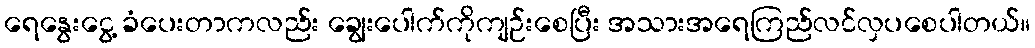
ရေနွေးငွေ့ ခံပေးတာကလည်း ချွေးပေါက်ကိုကျဉ်းစေပြီး အသားအရေကြည်လင်လှပစေပါတယ်။